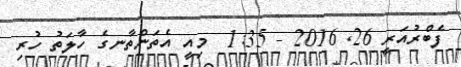
ފެބްރުއަރީ 26